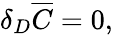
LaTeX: \delta_{D}\overline{{C}}=0,